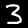
Digit: 3